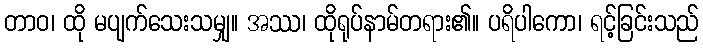
တာဝ၊ ထို မပျက်သေးသမျှ။ အဿ၊ ထိုရုပ်နာမ်တရား၏။ ပရိပါကော၊ ရင့်ခြင်းသည်